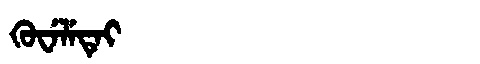
Manchu: ᡴᡠᠸᡝᠯᡝᡨᡝᡳ
Romanization: KUWELETEI